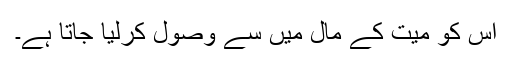
اس کو میت کے مال میں سے وصول کرلیا جاتا ہے۔